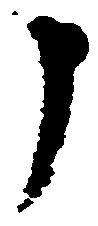
申